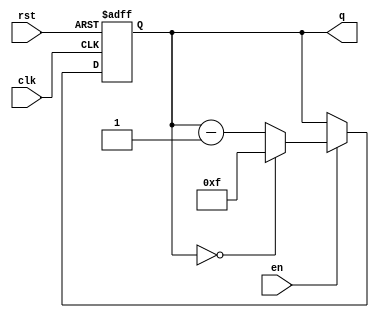
module binary_down_counter #(
    parameter N = 4  // Define the width of the counter (N bits)
)(
    input wire clk,      // Clock signal
    input wire rst,      // Asynchronous reset signal
    input wire en,       // Enable signal
    output reg [N-1:0] q // N-bit output for the current count
);

// Define the maximum count value for an N-bit counter
localparam MAX_COUNT = (1 << N) - 1;

always @(posedge clk or posedge rst) begin
    if (rst) begin
        // Asynchronous reset: set counter to maximum value
        q <= MAX_COUNT;
    end else if (en) begin
        // Enable is asserted: decrement the counter
        if (q == 0) begin
            // Wrap around to maximum count if counter reaches zero
            q <= MAX_COUNT;
        end else begin
            // Decrement the counter
            q <= q - 1;
        end
    end
    // If enable is deasserted, the counter retains its value
end

endmodule